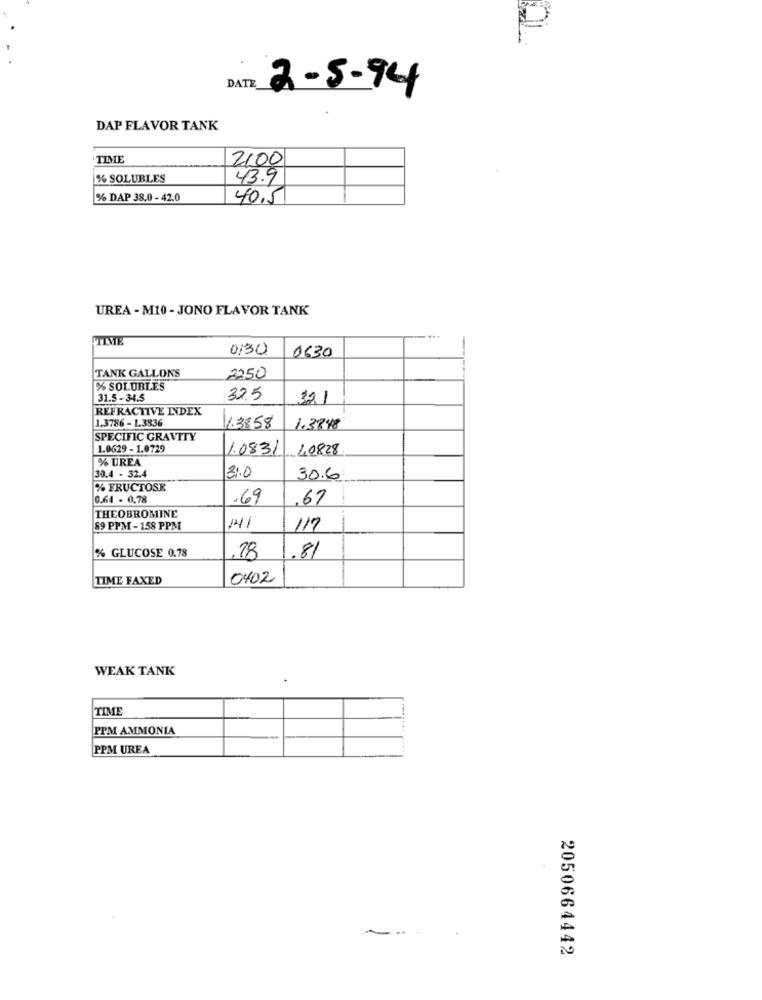
DATE
2-5-94
DAP FLAVOR TANK
TIME
2100
% SOLUBLES
43.9
% DAP 38.0 - 42.0
40,5
UREA - M10 - JONO FLAVOR TANK
TIME
0:30
0630
TANK GALLONS
2250
% SOLUBLES
31.5-34.5
32.5
321
REFRACTIVE INDEX
1.3786 - 1,3836
1.3858
1.3848
SPECIFIC GRAVITY
1.0629 - 1.0729
1.0831
40828
% UREA
30.4 - 32.4
31.0
30.6
% FRUCTOSE
0.64 - 0.78
.69
.67
THEOBROMINE
89 PPM -158 PPM
117
% GLUCOSE 0.78
.28
.81
TIME FAXED
0402
WEAK TANK
TIME
PPM AMMONIA
PPM UREA
2050664442